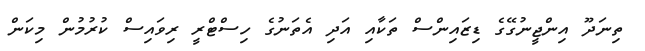
ތިނަދޫ އިންޖީނުގޭގެ ޑިޒައިންސް ތަކާއި އަދި އެތަނުގެ ހިސްޓްރީ ރިވައިސް ކުރުމުން މިކަން